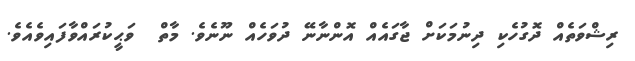
ރިޝްވަތެއް ދޮގުހެކި ދިނުމަކަށް ޖާގައެއް އޮންނާނޭ ދުވަހެއް ނޫނެވެ. މާތް  ވަޙީކުރައްވާފައިވެއެވެ.